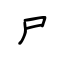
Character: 尸